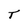
Character: T